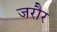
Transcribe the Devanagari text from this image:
जरौर